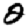
Digit: 2